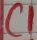
Text: C1